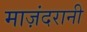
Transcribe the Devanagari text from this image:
माज़ंदरानी